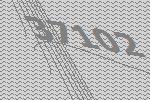
37102